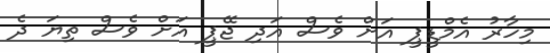
މިހާރު އެމްޑީޕީ އަށް ވެސް އަދި ޖޭޕީ އަށް ވެސް ތިޔަ ދެ